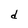
Character: d